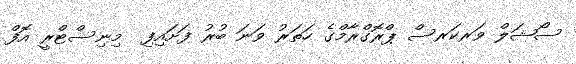
ސޯޝަލް ވަރކަރސް ޕްރޮގްރާމްގެ ހަތަރު ވަނަ ބުރު ފަށައިފި  މިނިސްޓްރީ އޮފް